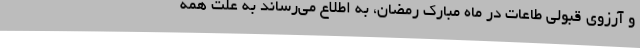
و آرزوی قبولی طاعات در ماه مبارک رمضان، به اطلاع می‌رساند به علت همه